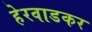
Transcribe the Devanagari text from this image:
हेरवाडकर